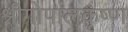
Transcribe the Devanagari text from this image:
श्रीगोपालकृष्ण